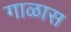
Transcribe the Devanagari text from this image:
गाळास